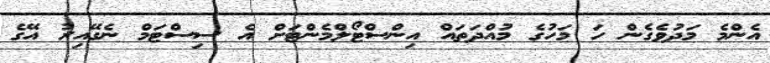
އެންމެ މަދުވެގެން ހަ މަހުގެ މުއްދަތައް އިންސްޓޯލްމެންޓަށް އެ ސިސްޓަމް ނެގޭއިރު އޭގެ